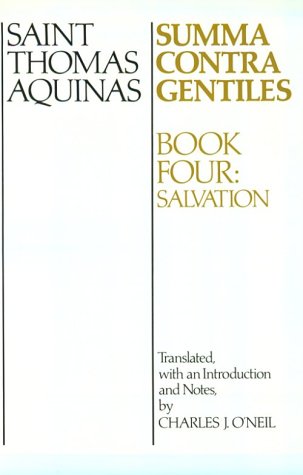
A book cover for Summa Contra Gentiles: Book Four: Salvation; St. Thomas Aquinas; Politics & Social Sciences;